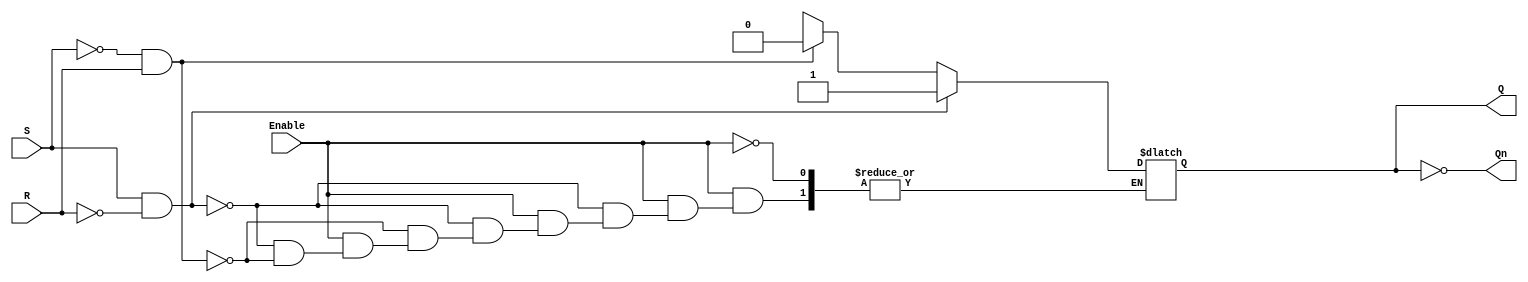
module gated_sr_latch (
    input wire S,        // Set input
    input wire R,        // Reset input
    input wire Enable,   // Enable input
    output reg Q,        // Output Q
    output wire Qn       // Output Q' (complement of Q)
);

    assign Qn = ~Q; // Q' is the complement of Q

    always @(*) begin
        if (Enable) begin
            if (S && ~R) begin
                Q = 1;  // Set Q to 1
            end else if (~S && R) begin
                Q = 0;  // Reset Q to 0
            end else if (~S && ~R) begin
                // Maintain previous state (do nothing)
                Q = Q;  // Hold state
            end else begin
                // Indeterminate state (S = 1 and R = 1)
                // This condition should be avoided
                // You can choose to handle it as per your design requirements
                // For example, you might want to keep Q unchanged or set it to a default state
                Q = Q;  // Hold state (or you can add a warning here)
            end
        end
        // When Enable is low, Q retains its previous state
    end

endmodule